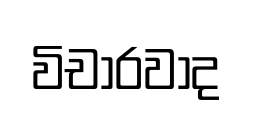
විචාරවාද